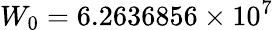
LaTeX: W_{0}=6.2636856\times 10^{7}